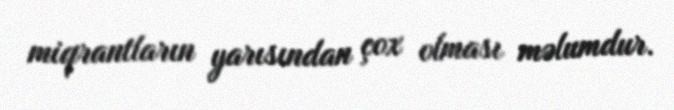
miqrantların yarısından çox olması məlumdur.